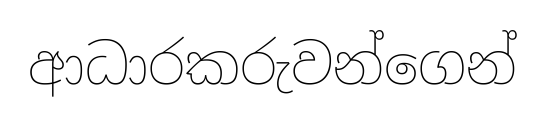
ආධාරකරුවන්ගෙන්